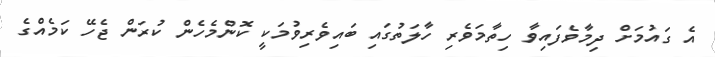
އެ ގައުމަށް ދިމާވެފައިވާ ހިތާމަވެރި ހާލަތުގައި ބައިވެރިވުމަކީ ކޮންމެހެން ކުރަން ޖެހޭ ކަމެއްގެ